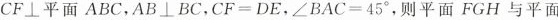
CF⊥平面ABC，AB\bot BC，$$ C F =D E$$，$$∠ B A C = 4 5 °$$，则平面FGH与平面